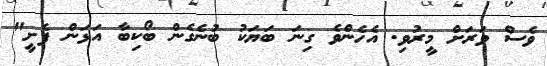
ވެސް ވަރަށް މީރުވި. އެހެންވެ ގިނަ ބަޔަކު ބުނެގެން ބޯކިބާ އަޅަން ފެށީ"